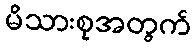
မိသားစုအတွက်